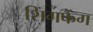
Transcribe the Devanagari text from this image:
शिंगफैंग